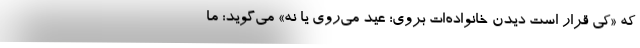
که «کی قرار است دیدن خانواده‌ات بروی؛ عید می‌روی یا نه» می‌گوید: ما